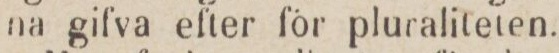
na gifva efter för pluraliteten.